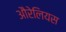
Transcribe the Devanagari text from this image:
औरेलियस